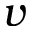
v